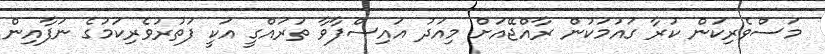
މަސްވެރިކަން ކުރާ ގައުމަކުން ރާއްޖޭއަށް މިއަދު އައިސްފާވާ ތަރައްގީ އަކީ ފަތުރުވެރިކަމުގެ ނަފާއިން